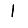
Digit: 1